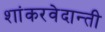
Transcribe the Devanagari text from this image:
शांकरवेदान्ती